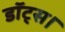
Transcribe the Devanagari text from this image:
डॉट्स।